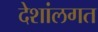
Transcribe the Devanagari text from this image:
देशांलगत